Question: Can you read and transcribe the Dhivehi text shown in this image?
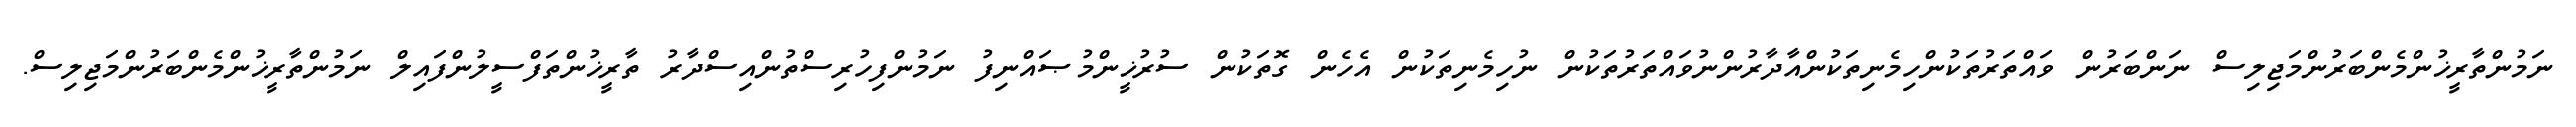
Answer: ނަމުންތާރީޚުންމެންބަރުންމަޖިލިސް ނަންބަރުން ވައްތަރުތަކުންހިމެނިތަކުންއާދާރުންނުވައްތަރުތަކުން ނުހިމެނިތަކުން އެހެން ގޮތަކުން ސުރުޚީންމުޞައްނިފު ނަމުންފިހުރިސްތުންއިސްދާރު ތާރީޚުންތަފްސީލުންފައިލް ނަމުންތާރީޚުންމެންބަރުންމަޖިލިސް.